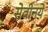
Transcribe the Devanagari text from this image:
सेवीनये